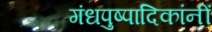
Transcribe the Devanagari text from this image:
गंधपुष्पादिकांनीं